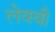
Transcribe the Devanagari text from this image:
लेववी